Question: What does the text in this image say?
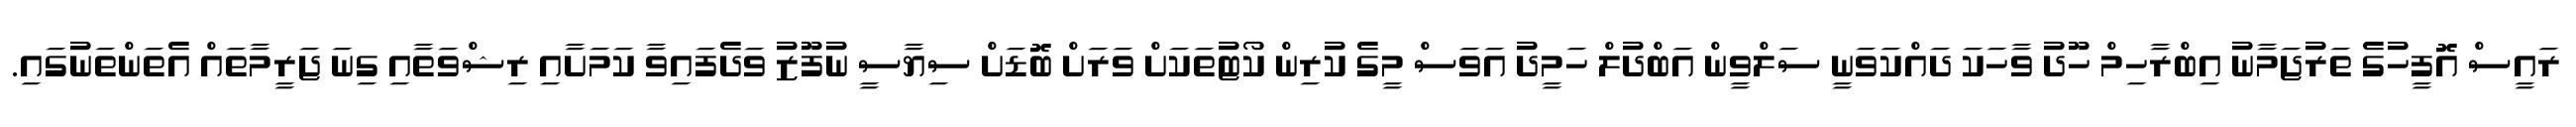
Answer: ރައީސް އޮފީހުގެ ތަރުޖަމާނު އިބްރާހިމް ހޫދު ވާހަކަ ދައްކަވަނީ ސަލްވީން އަބްދުލް ހަމީދު އަވަސް މީގެ ކުރިން ކޯޓުތަކަށް ވަރަށް ބޮޑަށް ސިޔާސީ ނުފޫޒު ވަދެފައިވާ ކަމަށާއި ރިޝްވަތާއި ގިނަ ޖަރީމާތައް އެތަންތަނުގައި.